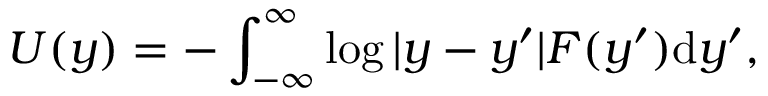
U ( y ) = - \int _ { - \infty } ^ { \infty } \log | y - y ^ { \prime } | F ( y ^ { \prime } ) \mathrm { d } y ^ { \prime } ,